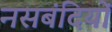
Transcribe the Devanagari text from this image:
नसबंदियों